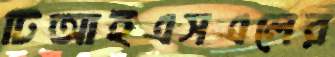
টিআইএসএলের